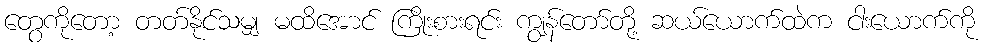
တွေကိုတော့ တတ်နိုင်သမျှ မထိအောင် ကြိုးစားရင်း ကျွန်တော်တို့ ဆယ်ယောက်ထဲက ငါးယောက်ကို